Calcutta medical institutions reports 1879-81 [i.e.91]
Year: 1879
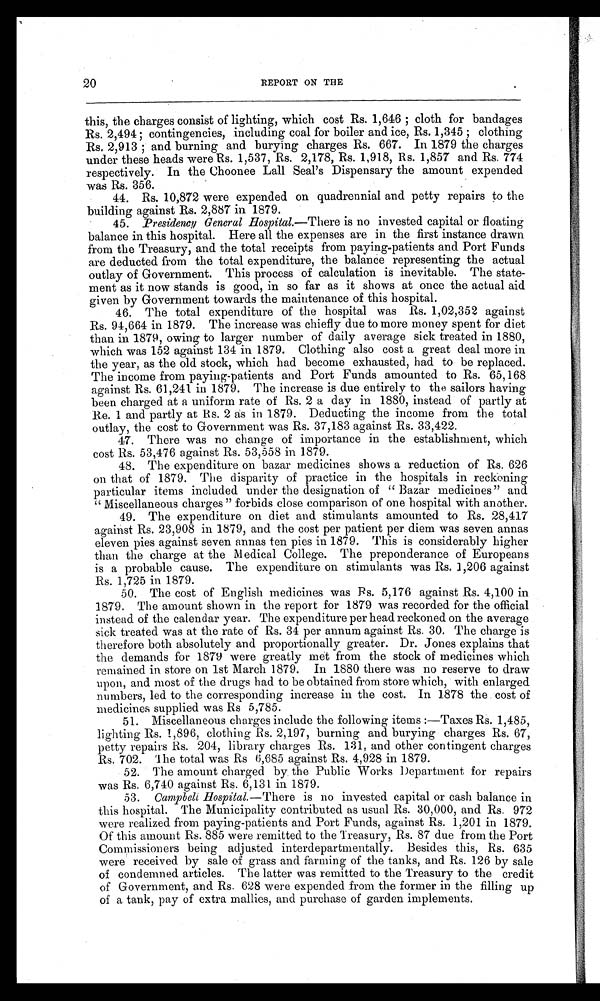
20
REPORT ON THE
this, the charges consist of lighting, which cost Rs. 1,646; cloth for bandages
R s . 2 , 4 9 4 ; c o n t i n g e n c i e s , i n c l u d i n g c o a l f o r b o i l e r a n d i c e , R s . 1 , 3 4 5 ; c l o t h i n g
R s . 2 , 9 1 3 ; a n d b u r n i n g a n d b u r y i n g c h a r g e s R s . 6 6 7 . I n 1 8 7 9 t h e c h a r g e s
under these heads were Rs. 1,537, Rs. 2,178, Rs. 1,918, Rs. 1,857 and Rs. 774
respectively. In the Choonee Lall Seal's Dispensary the amount expended
was Rs. 356.
44. Rs. 10,872 were expended on quadrennial and petty repairs to the
building against Rs. 2,887 in 1879.
45. Presidency General Hospital. —There is no invested capital or floating
balance in this hospital. Here all the expenses are in the first instance drawn
from the Treasury, and the total receipts from paying-patients and Port Funds
are deducted from the total expenditure, the balance representing the actual
outlay of Government. This process of calculation is inevitable. The state
- m e n t a s i t n o w s t a n d s i s g o o d , i n s o f a r a s i t s h o w s a t o n c e t h e a c t u a l a i d
given by Government towards the maintenance of this hospital.
46. The total expenditure of the hospital was Rs. 1,02,352 against
Rs. 94,664 in 1879. The increase was chiefly due to more money spent for diet
than in 1879, owing to larger number of daily average sick treated in 1880,
which was 152 against 134 in 1879. Clothing also cost a great deal more in
the year, as the old stock, which had become exhausted, had to be replaced.
The income from paying-patients and Port Funds amounted to Rs. 65,168
against Rs. 61,241 in 1879. The increase is due entirely to the sailors having
been charged at a uniform rate of Rs. 2 a day in 1880, instead of partly at
Re. 1 and partly at Rs. 2 as in 1879. Deducting the income from the total
outlay, the cost to Government was Rs. 37,183 against Rs. 33,422.
47. There was no change of importance in the establishment, which
cost Rs. 53,476 against Rs. 53,558 in 1879.
48. The expenditure on bazar medicines shows a reduction of Rs. 626
on that of 1879. The disparity of practice in the hospitals in reckoning
particular items included under the designation of "Bazar medicines" and
"Miscellaneous charges" forbids close comparison of one hospital with another.
49. The expenditure on diet and stimulants amounted to Rs. 28,417
against Rs. 23,908 in 1879, and the cost per patient per diem was seven annas
eleven pies against seven annas ten pies in 1879. This is considerably higher
than the charge at the Medical College. The preponderance of Europeans
is a probable cause. The expenditure on stimulants was Rs. 1,206 against
Rs. 1,725 in 1879.
50. The cost of English medicines was Rs. 5,176 against Rs. 4,100 in
1879. The amount shown in the report for 1879 was recorded for the official
instead of the calendar year. The expenditure per head reckoned on the average
sick treated was at the rate of Rs. 34 per annum against Rs. 30. The charge is
therefore both absolutely and proportionally greater. Dr. Jones explains that
the demands for 1879 were greatly met from the stock of medicines which
remained in store on 1st March 1879. In 1880 there was no reserve to draw
upon, and most of the drugs had to be obtained from store which, with enlarged
numbers, led to the corresponding increase in the cost. In 1878 the cost of
medicines supplied was Rs 5,785.
51. Miscellaneous charges include the following items:—Taxes Rs. 1,485,
lighting Rs. 1,896, clothing Rs. 2,197, burning and burying charges Rs. 67,
petty repairs Rs. 204, library charges Rs. 131, and other contingent charges
Rs. 702. The total was Rs 6,685 against Rs. 4,928 in 1879.
52. The amount charged by the Public Works Department for repairs
was Rs. 6,740 against Rs. 6,131 in 1879.
53. Campbeli Hospital.— T h e r e
i s n o i n v e s t e d c a p i t a l o r c a s h b a l a n c e i n
this hospital. The Municipality contributed as usual Rs. 30,000, and Rs. 972
were realized from paying-patients and Port Funds, against Rs. 1,201 in 1879.
Of this amount Rs. 885 were remitted to the Treasury, Rs. 87 due from the Port
Commissioners being adjusted interdepartmentally. Besides this, Rs. 635
were received by sale of grass and farming of the tanks, and Rs. 126 by sale
of condemned articles. The latter was remitted to the Treasury to the credit
of Government, and Rs. 628 were expended from the former in the filling up
of a tank, pay of extra mallies, and purchase of garden implements.